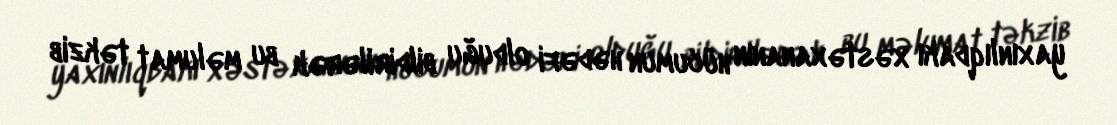
yaxınlıqdakı xəstəxananın hücumun hədəfi olduğu bildirilərək bu məlumat təkzib